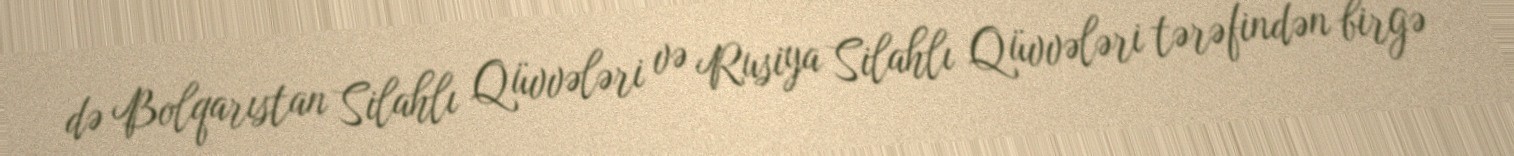
də Bolqarıstan Silahlı Qüvvələri və Rusiya Silahlı Qüvvələri tərəfindən birgə